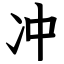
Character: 冲